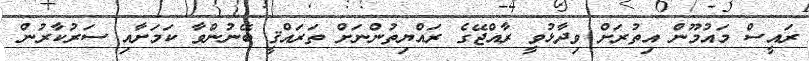
ރައީސް މައުމޫން އިތުރަށް ވިދާޅުވީ ރާއްޖޭގެ ރައްޔިތުންނަށް ތަރައްޤީ ބޭނުންވާ ކަމަށާއި ސަރުކާރުން